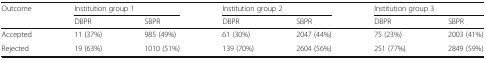
<table><thead><tr><td rowspan="2"><b>Outcome</b></td><td colspan="2"><b>Institution group 1</b></td><td colspan="2"><b>Institution group 2</b></td><td colspan="2"><b>Institution group 3</b></td></tr><tr><td><b>DBPR</b></td><td><b>SBPR</b></td><td><b>DBPR</b></td><td><b>SBPR</b></td><td><b>DBPR</b></td><td><b>SBPR</b></td></tr></thead><tbody><tr><td>Accepted</td><td>11 (37%)</td><td>985 (49%)</td><td>61 (30%)</td><td>2047 (44%)</td><td>75 (23%)</td><td>2003 (41%)</td></tr><tr><td>Rejected</td><td>19 (63%)</td><td>1010 (51%)</td><td>139 (70%)</td><td>2604 (56%)</td><td>251 (77%)</td><td>2849 (59%)</td></tr></tbody></table>